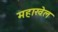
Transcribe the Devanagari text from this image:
महाखेल